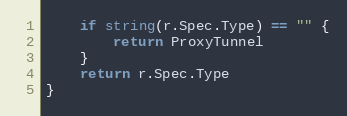
Language: Go
	if string(r.Spec.Type) == "" {
		return ProxyTunnel
	}
	return r.Spec.Type
}